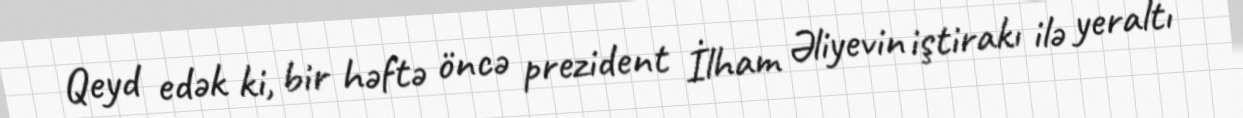
Qeyd edək ki, bir həftə öncə prezident İlham Əliyevin iştirakı ilə yeraltı